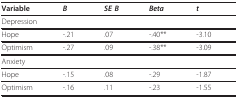
<table><thead><tr><td><b>Variable</b></td><td><b><i>Β</i></b></td><td><b><i>SE B</i></b></td><td><b><i>Beta</i></b></td><td><b><i>t</i></b></td></tr></thead><tbody><tr><td colspan="5">Depression</td></tr><tr><td>Hope</td><td>-.21</td><td>.07</td><td>-.40**</td><td>-3.10</td></tr><tr><td>Optimism</td><td>-.27</td><td>.09</td><td>-.38**</td><td>-3.09</td></tr><tr><td colspan="5">Anxiety</td></tr><tr><td>Hope</td><td>-.15</td><td>.08</td><td>-.29</td><td>-1.87</td></tr><tr><td>Optimism</td><td>-.16</td><td>.11</td><td>-.23</td><td>-1.55</td></tr></tbody></table>